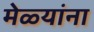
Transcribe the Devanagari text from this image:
मेळ्यांना